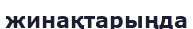
жинақтарыңда